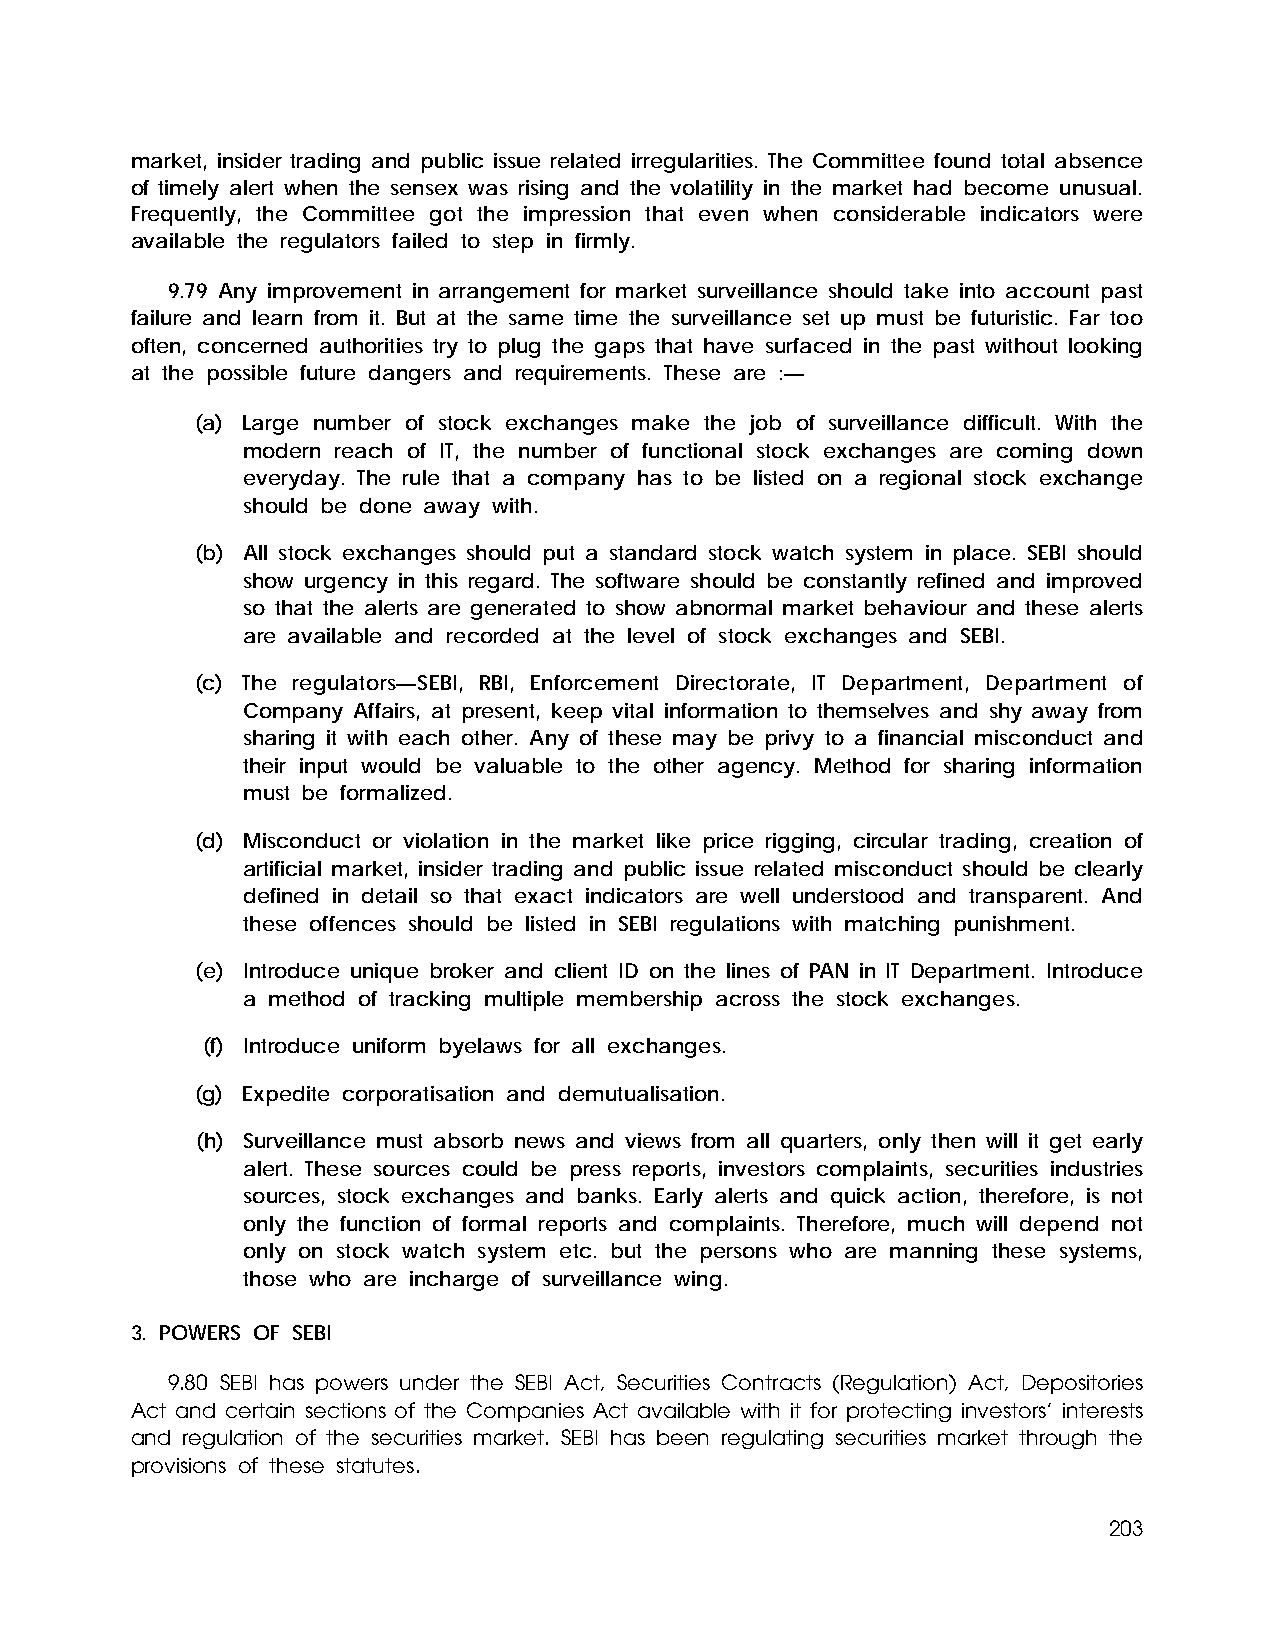
market, insider trading and public issue related irregularities. The Committee found total absence
 of timely alert when the sensex was rising and the volatility in the market had become unusual.
 Frequently, the Committee got the impression that even when considerable indicators were
 available the regulators failed to step in firmly.
 9.79 Any improvement in arrangement for market surveillance should take into account past
 failure and learn from it. But at the same time the surveillance set up must be futuristic. Far too
 often, concerned authorities try to plug the gaps that have surfaced in the past without looking
 at the possible future dangers and requirements. These are :—
 (a) Large number of stock exchanges make the job of surveillance difficult. With the
 modern reach of IT, the number of functional stock exchanges are coming down
 everyday. The rule that a company has to be listed on a regional stock exchange
 should be done away with.
 (b) All stock exchanges should put a standard stock watch system in place. SEBI should
 show urgency in this regard. The software should be constantly refined and improved
 so that the alerts are generated to show abnormal market behaviour and these alerts
 are available and recorded at the level of stock exchanges and SEBI.
 (c) The regulators—SEBI, RBI, Enforcement Directorate, IT Department, Department of
 Company Affairs, at present, keep vital information to themselves and shy away from
 sharing it with each other. Any of these may be privy to a financial misconduct and
 their input would be valuable to the other agency. Method for sharing information
 must be formalized.
 (d) Misconduct or violation in the market like price rigging, circular trading, creation of
 artificial market, insider trading and public issue related misconduct should be clearly
 defined in detail so that exact indicators are well understood and transparent. And
 these offences should be listed in SEBI regulations with matching punishment.
 (e) Introduce unique broker and client ID on the lines of PAN in IT Department. Introduce
 a method of tracking multiple membership across the stock exchanges.
 (f) Introduce uniform byelaws for all exchanges.
 (g) Expedite corporatisation and demutualisation.
 (h) Surveillance must absorb news and views from all quarters, only then will it get early
 alert. These sources could be press reports, investors complaints, securities industries
 sources, stock exchanges and banks. Early alerts and quick action, therefore, is not
 only the function of formal reports and complaints. Therefore, much will depend not
 only on stock watch system etc. but the persons who are manning these systems,
 those who are incharge of surveillance wing.
 3. POWERS OF SEBI
 9.80 SEBI has powers under the SEBI Act, Securities Contracts (Regulation) Act, Depositories
 Act and certain sections of the Companies Act available with it for protecting investors’ interests
 and regulation of the securities market. SEBI has been regulating securities market through the
 provisions of these statutes.
 203